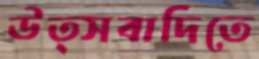
উত্সবাদিতে